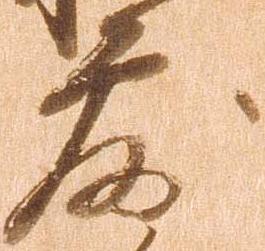
露